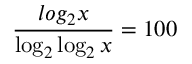
\frac { l o g _ { 2 } { x } } { \log _ { 2 } \log _ { 2 } { x } } = 1 0 0